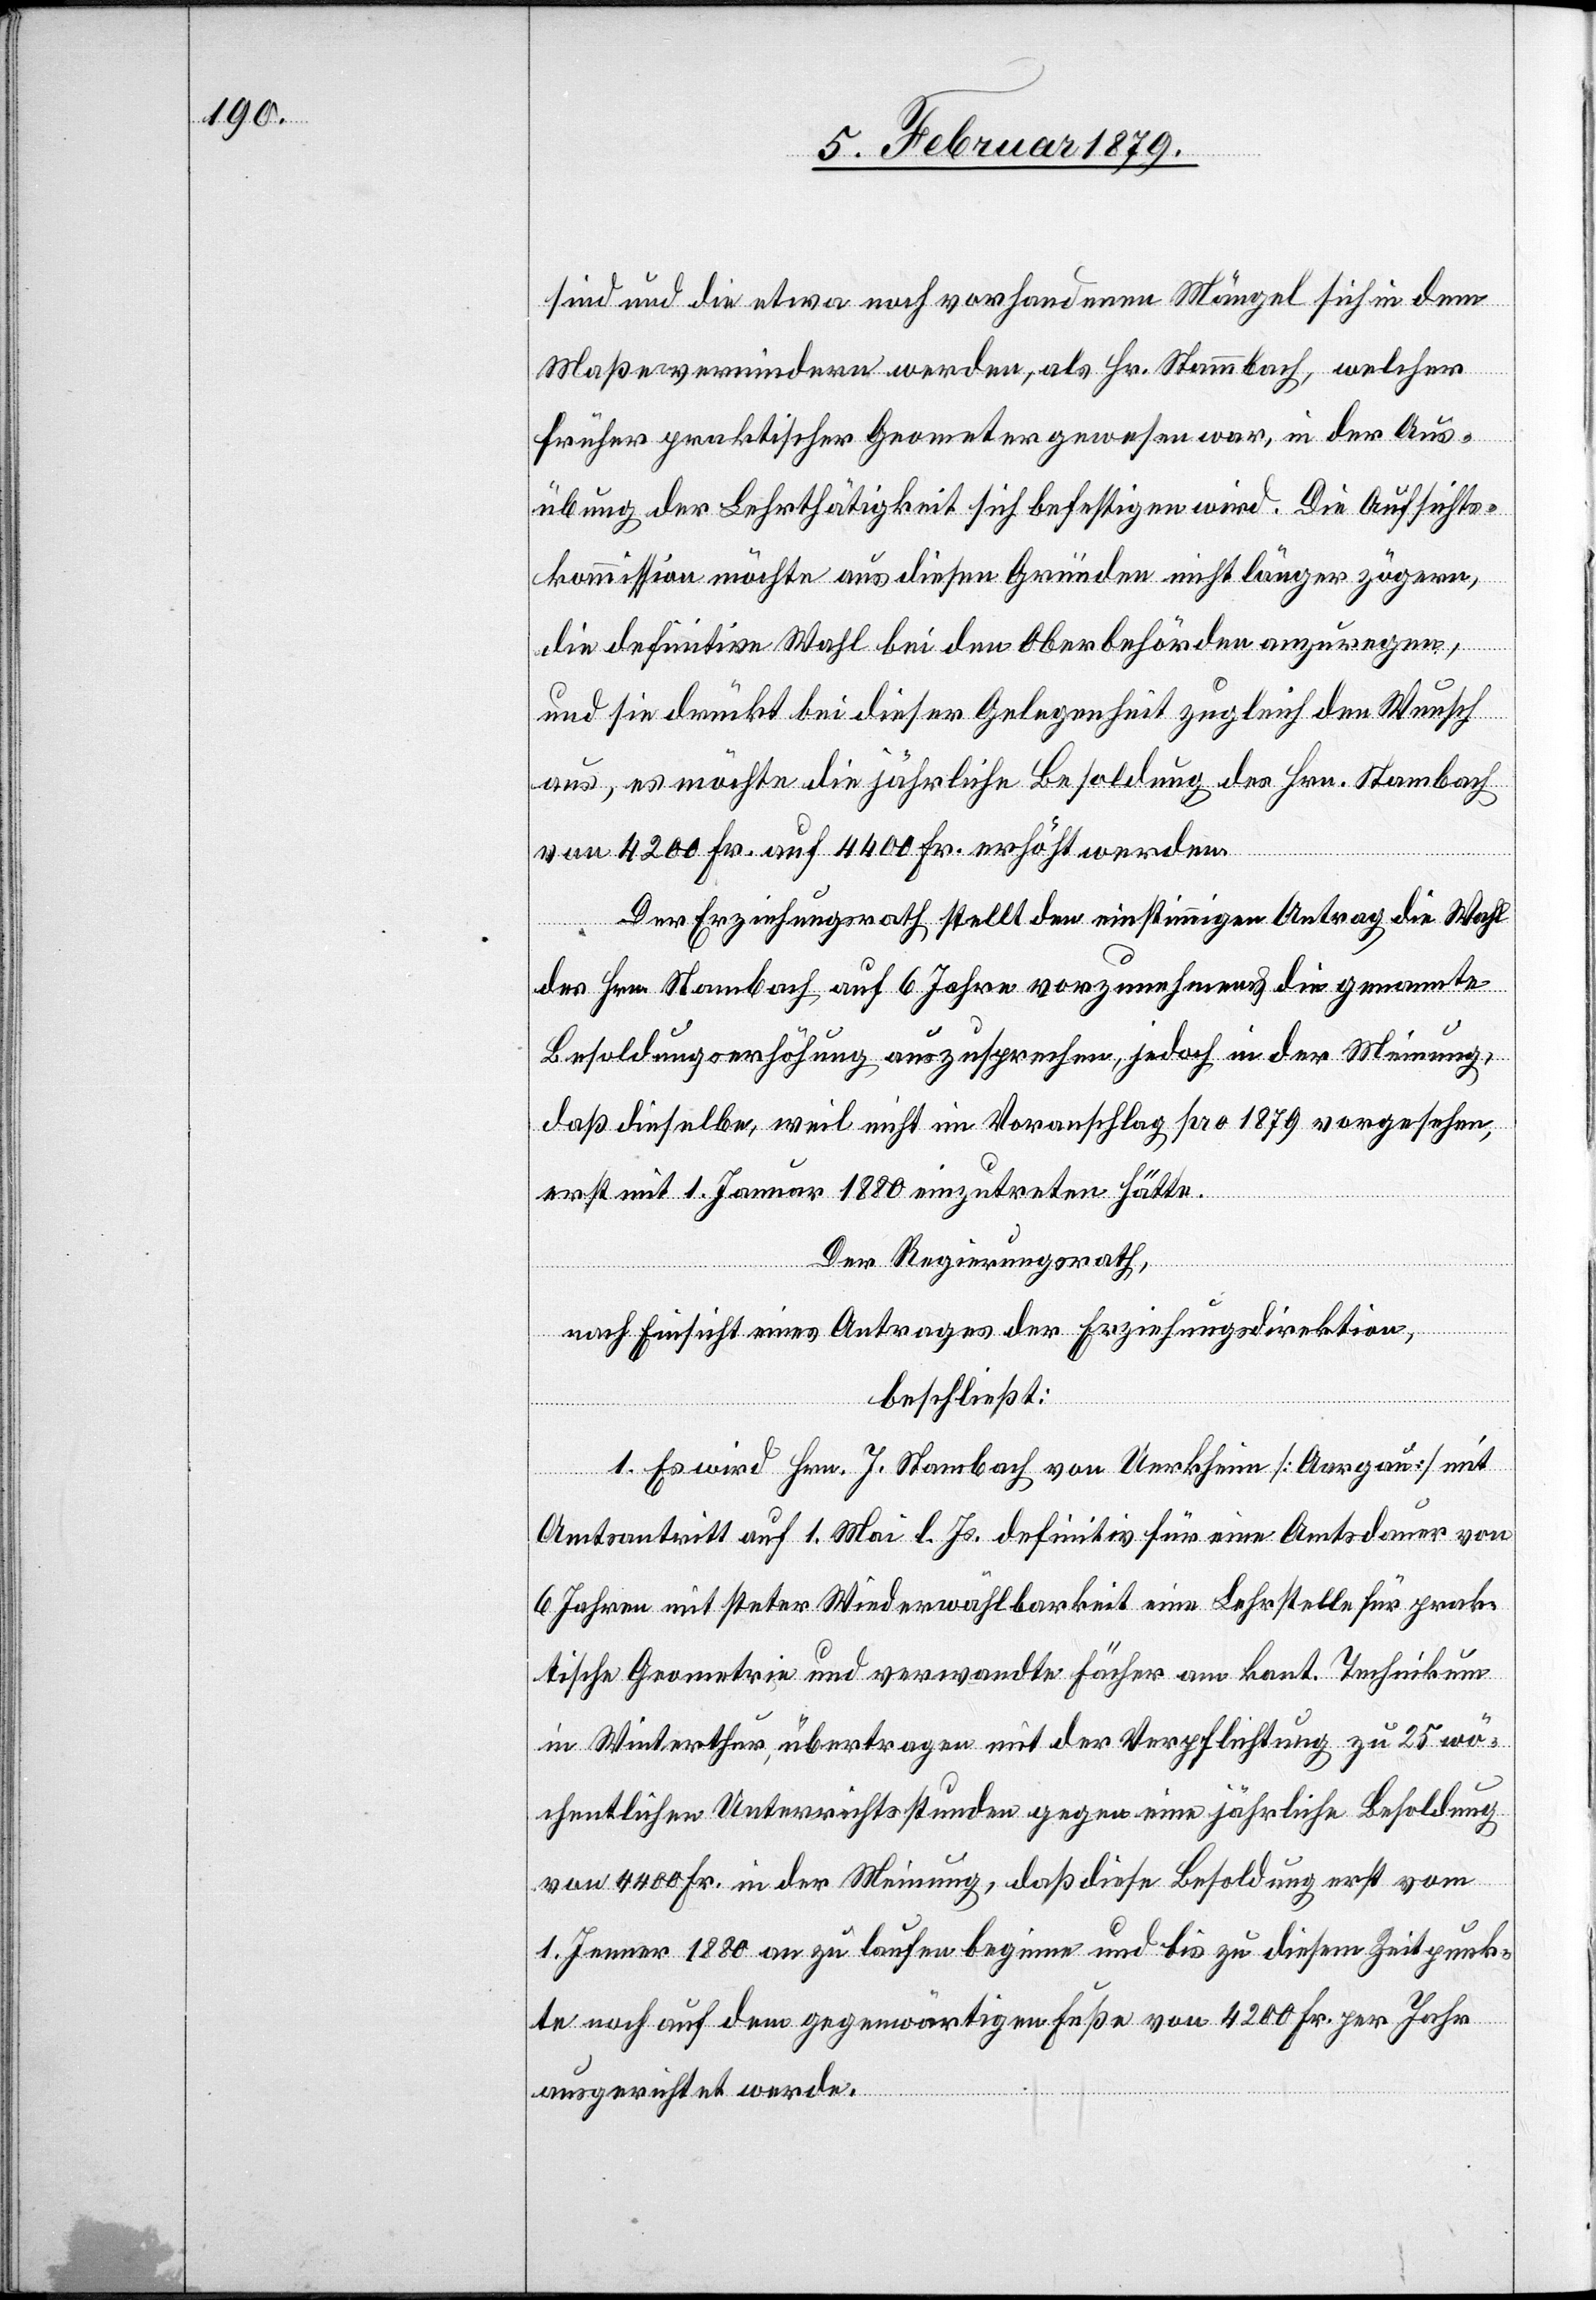
sind und die etwa noch vorhandenen Mängel sich in dem
Maße vermindern werden, als Hr. Stammbach, welcher
früher praktischer Geometer gewesen war, in der Aus¬
übung der Lehrthätigkeit sich befestigen wird. Die Aufsichts¬
kommission möchte aus diesen Gründen nicht länger zögern,
die definitive Wahl bei den Oberbehörden anzuregen,
und sie drückt bei dieser Gelegenheit zugleich den Wunsch
aus, es möchte die jährliche Besoldung des Hrn. Stambach
von 4200 Fr. auf 4400 Fr. erhöht werden.
Der Erziehungsrath stellt den einstimmigen Antrag die Wahl
des Hrn. Stambach auf 6 Jahre vorzunehmen & die genannte
Besoldungserhöhung auszusprechen, jedoch in der Meinung,
daß dieselbe, weil nicht im Voranschlage pro 1879 vorgesehen,
erst mit Januar 1880 einzutreten hätte.
Der Regierungsrath,
nach Einsicht eines Antrages der Erziehungsdirektion,
beschließt:
1. Es wird Hrn. J. Stambach von Uerkheim [Aargau] mit
Amtsantritt auf 1. Mai l. Js. definitiv für eine Amtsdauer von
6 Jahren mit steter Wiederwählbarkeit eine Lehrstelle für prak¬
tische Geometrie und verwandte Fächer am kant. Technikum
in Winterthur übertragen mit der Verpflichtung zu 25 wö¬
chentlichen Unterrichtsstunden gegen eine jährliche Besoldung
von 4400 Fr. in der Meinung, daß diese Besoldung erst vom
1. Jenner 1880 an zu laufen beginne und bis zu diesem Zeitpunk¬
te noch auf dem gegenwärtigen Fuße von 4200 Fr. per Jahr
ausgerichtet werde.